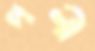
পলী